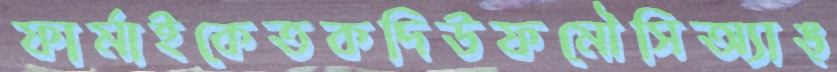
ফার্মাইকেতকদিউফমৌসিঅ্যাঙ্